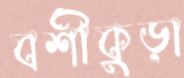
বর্শীকুড়া